Newspaper: Public ledger. [volume]
Place of publication: Memphis, Tenn.
Publisher: [Whitmore Bros.]
Date: 1875-12-31 00:00:00
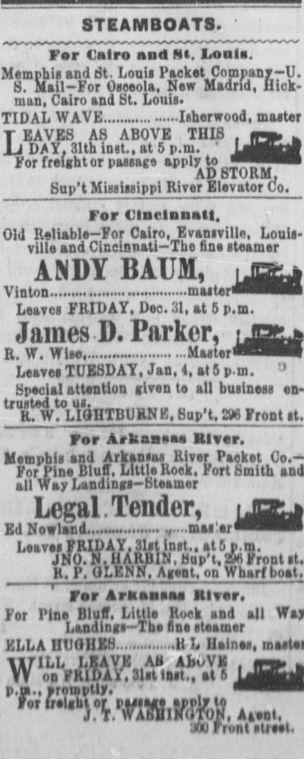
Advertisement text (OCR):
STEAMBOATS. Far Cairo and Hi. Louie. Memphis and St. Louis Packet Company-U. S. ilail-For Oaceola, New Madrid, Hick man, Cairo and bt, Louis. TIDAL WAVE Isherwood, matter LEAVES AS ABOVE THIS , r- , DAY, 31th init., at 5 p.m. " M1" For freight or paeaag apply to mil AU BlUttM, Sup't Misaltsippl River Elevator Co, For Cincinnati. Old Reliable-For Cairo, Evanaville, Louis ville and Cincinnati-Tbe line steamer ANDY RALJ11, ijzz Vinton matter"! 1 i i a Leaves FRIDAY. Deo. 31, at 5 p.m. James D. Parker, R. VT. Wise Master" 4 Leaves TUESDAY, Jan, 4, at 5 p.m. Special attention liven t all buaineaa en- K. W. LIGIITBURNE, Bnp't. Front For Arl&ftB Klver. M 1.1- 1 LI.... X)lr,mm tl..L ft. VOall'DII lull ri au"j aaivui tj utiov VVi For Pin Bluff. Little Hock, Fort bmith ti r ..:.. t: t ......... ail n jUUUiiJll uiwiuvj Legal. Tender, Ed Nowland - v.-mi'w L.av.s FRIDAY. 31st inat., at 5 p.m. JNO. N. H ARBIN, Sup't, IPS Front It, r. ti.r.i-in, ngwpi, on nnaripoai. For Arkaaaaa Klver, For Pin Bluff. Lltll Rock and all Landings Th. Ad ateamer ELLA HUGHES H L Ualna, WILL LEAVE All AbtVK . ar-v on FRIDAY, 31at laat., at 6 IJ n.m.. arnuibtlv. wh'"''1 For freight or ruaag apply t or rajta apply te l , t. WAbillKil fON, Ai.nl, M I run! all Hi.
Label: illustrations